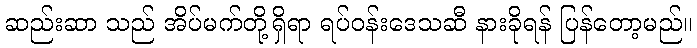
ဆည်းဆာ သည် အိပ်မက်တို့ရှိရာ ရပ်ဝန်းဒေသဆီ နားခိုရန် ပြန်တော့မည်။